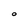
Character: O